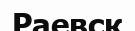
Раевск